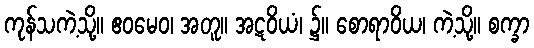
ကုန်သကဲ့သို့။ ဧဝမေဝ၊ အတူ။ အဋဝိယံ၊ ၌။ စောရာဝိယ၊ ကဲ့သို့။ စက္ခာ